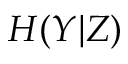
H ( Y \vert Z )